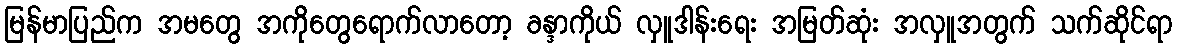
မြန်မာပြည်က အမတွေ အကိုတွေရောက်လာတော့ ခန္ဒာကိုယ် လှူဒါန်းရေး အမြတ်ဆုံး အလှူအတွက် သက်ဆိုင်ရာ